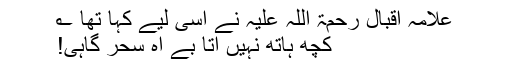
علامہ اقبال رحمۃ اللہ علیہ نے اسی لیے کہا تھا ؎
کچھ ہاتھ نہیں آتا بے آہ سحر گاہی!